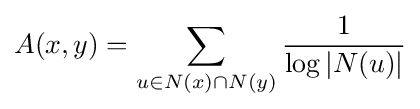
A(x,y)=\sum _{u\in N(x)\cap N(y)}{\frac {1}{\log |N(u)|}}